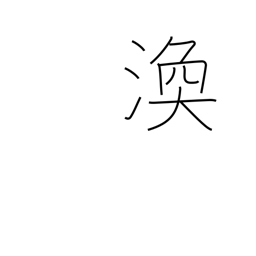
Meaning: scatter